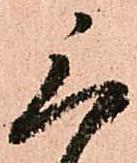
三